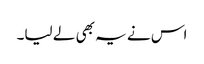
اس نے یہ بھی لے لیا۔